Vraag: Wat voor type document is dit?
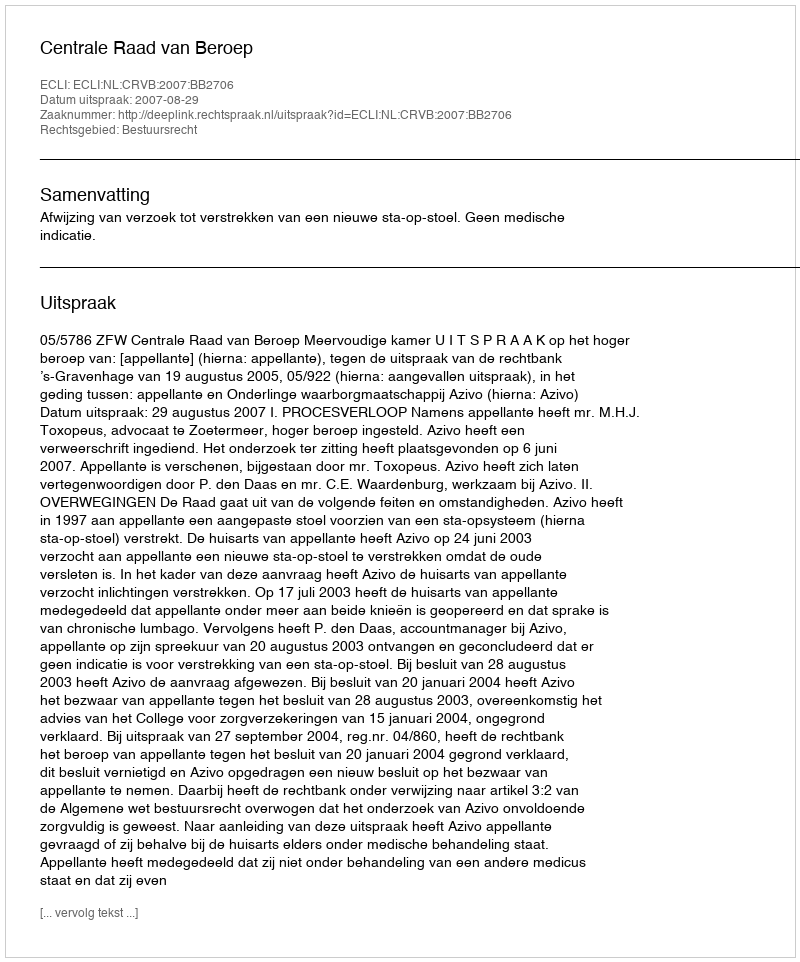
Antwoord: Uitspraak